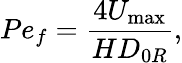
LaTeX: Pe_{f}=\frac{4U_{\mathrm{max}}}{HD_{0R}},